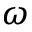
\omega